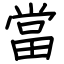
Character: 當